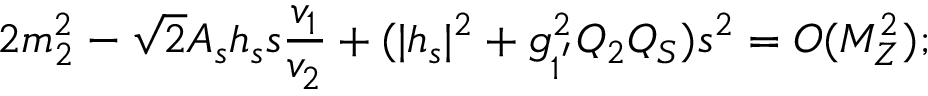
2 m _ { 2 } ^ { 2 } - \sqrt { 2 } A _ { s } h _ { s } s \frac { v _ { 1 } } { v _ { 2 } } + ( | h _ { s } | ^ { 2 } + g _ { 1 ^ { ' } } ^ { 2 } Q _ { 2 } Q _ { S } ) s ^ { 2 } = { \cal O } ( M _ { Z } ^ { 2 } ) ;